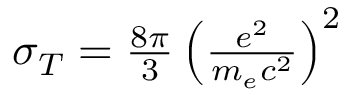
\begin{array} { r } { \sigma _ { T } = \frac { 8 \pi } { 3 } \left( \frac { e ^ { 2 } } { m _ { e } c ^ { 2 } } \right) ^ { 2 } } \end{array}